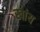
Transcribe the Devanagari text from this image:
खांय